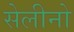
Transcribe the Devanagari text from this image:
सेलीनो